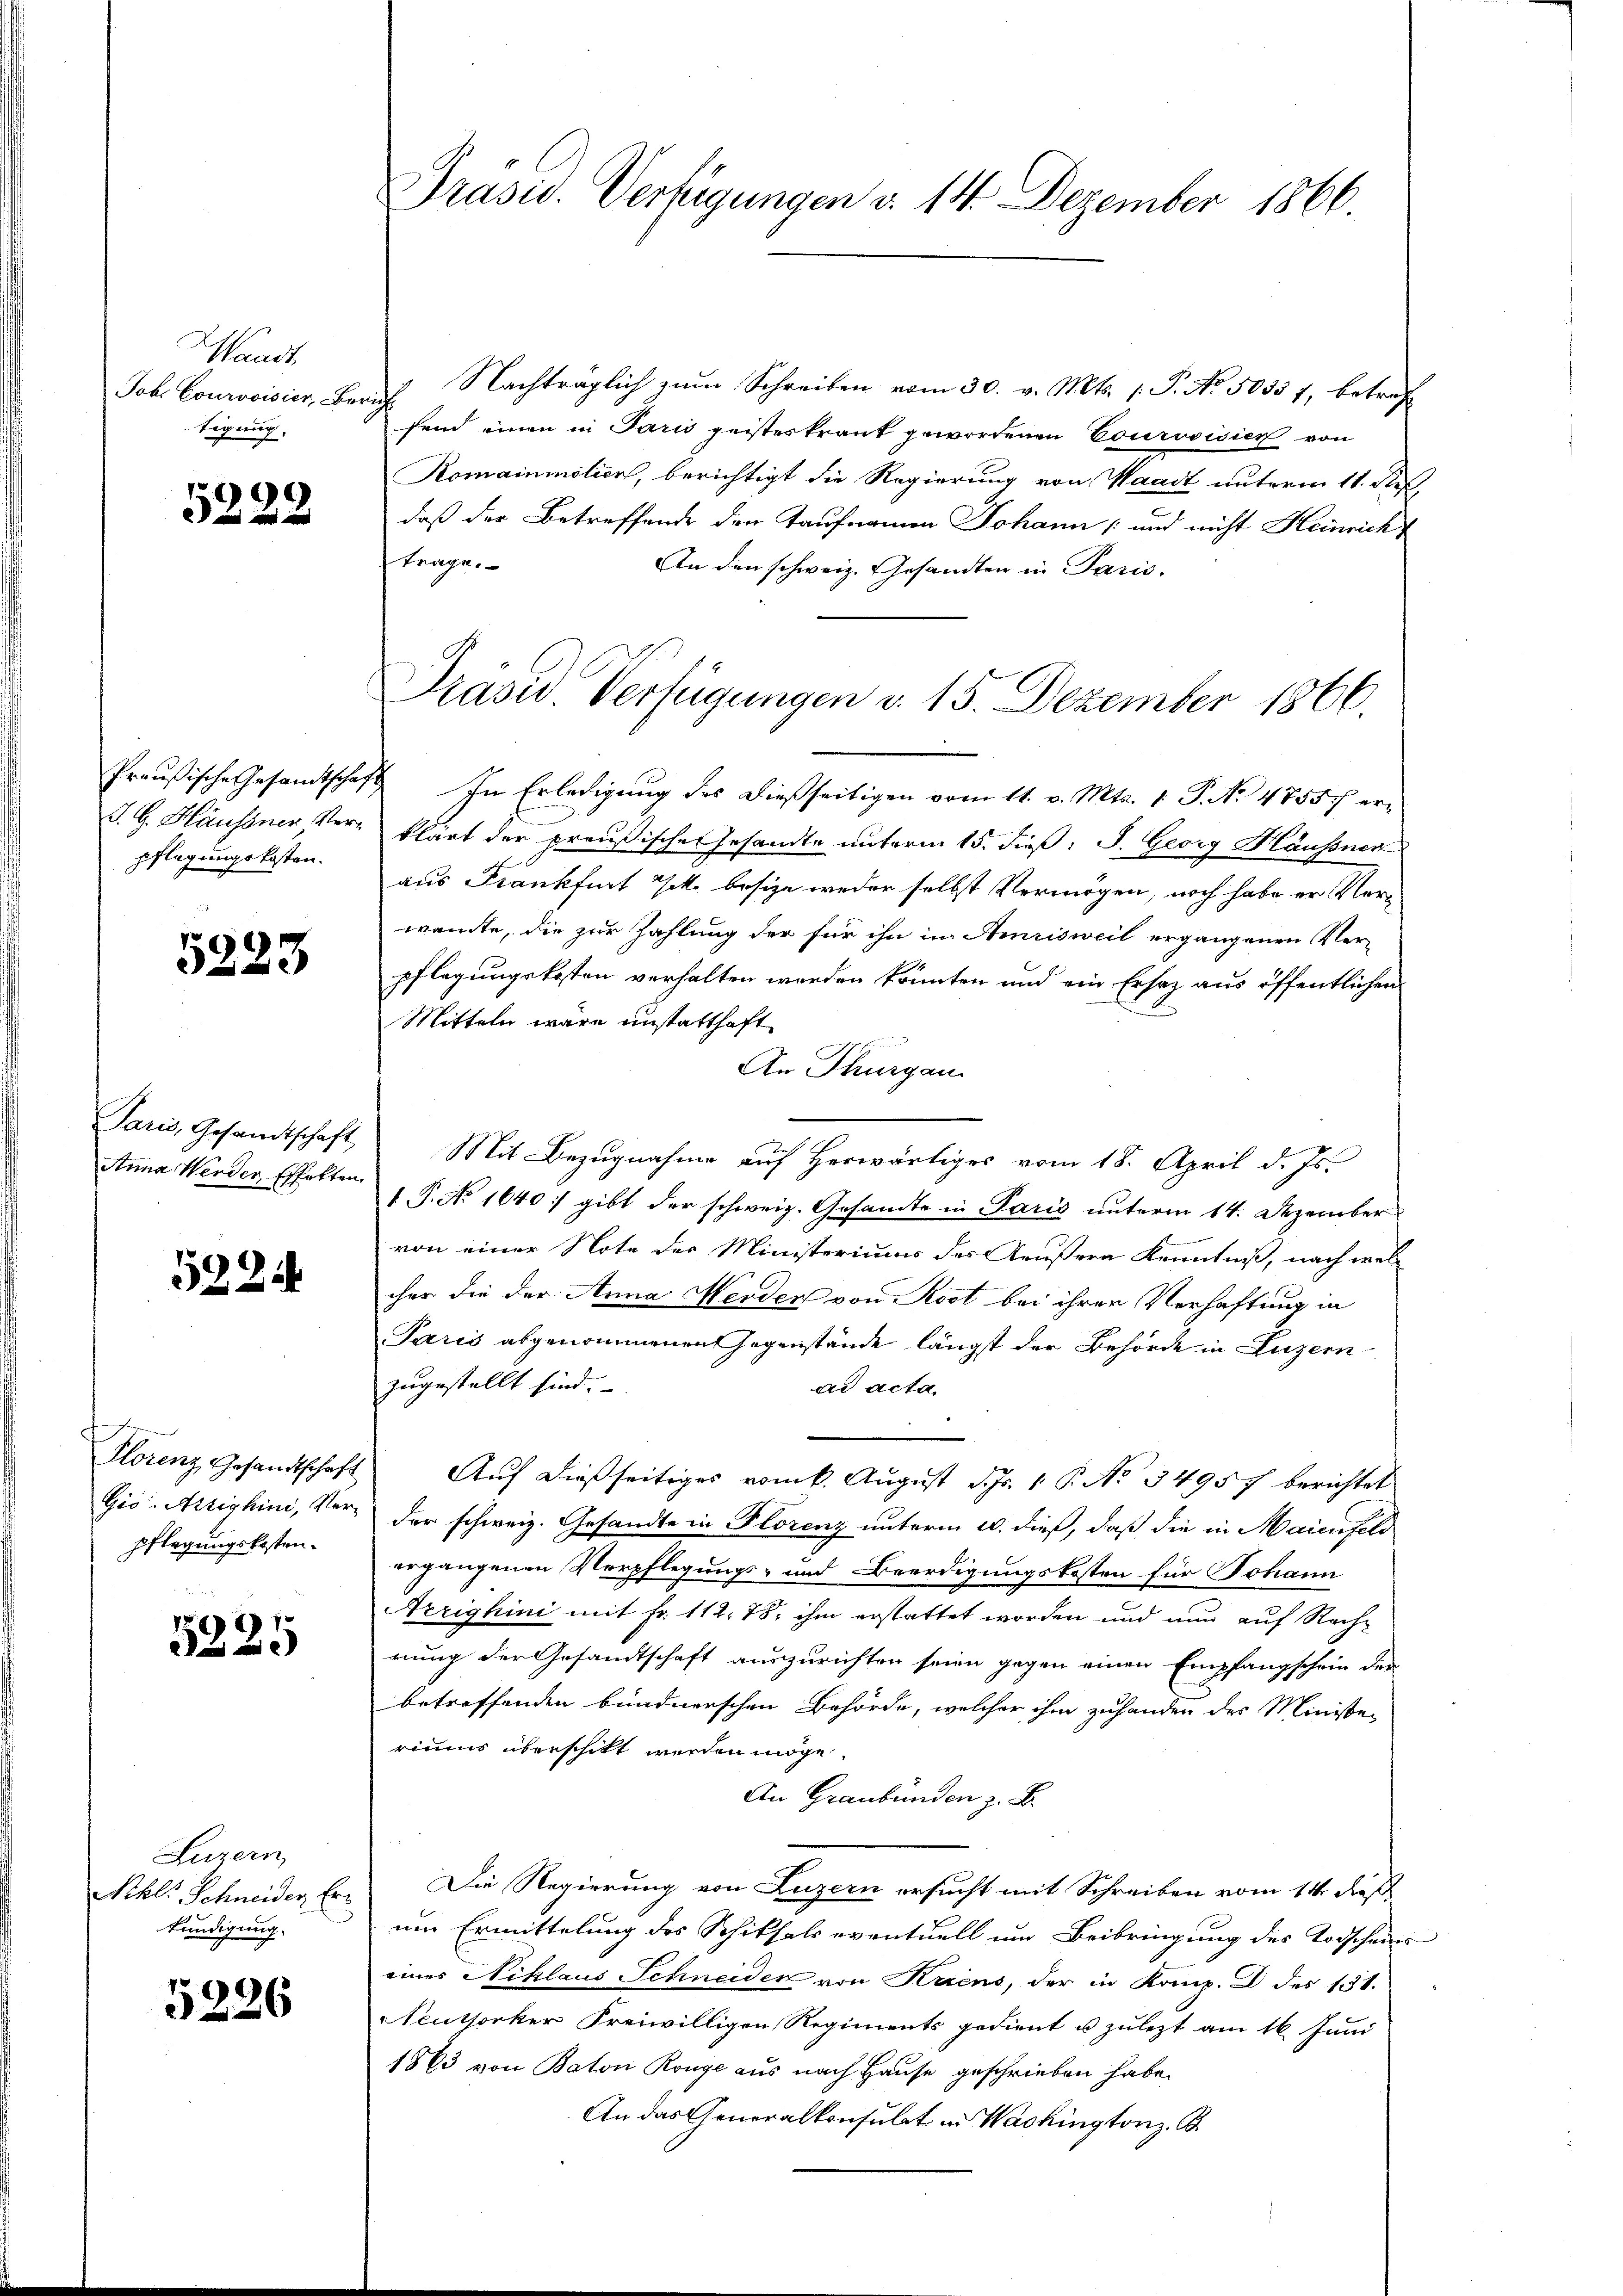
Waadt.
Job. Courvoisier, Beric
tigung.

5222

pflegungskosten.

5223

Anna Werden Effekten.

5224

1
pflegungskosten.

5225

Luzern,
Nehl. Schneider Er
kundigung.

5226

Präsid. Verfügungen d. 14. Dezember 1866.

Nachträglich zum Schreiben vom 30. v. Mts. 1. P. No. 5035 f, betrof
fend einen in Paris geisteskrank gewordenen Courvoisier von
Komainmotier, berichtigt die Regierung von Waadt unterm 11. Res.
daß der Betreffende den Taufnamen Johann (und nicht Heinricht
trage.
An den schweiz. Gesandten in Paris.
Preußische Gesamtschaft In Erledigung des dießseitigen vom 11. v. Mts. 1. P. No 47557 er¬
J. G. Häussner Ver- klärt der preußische Gesandte unterm 15. dieß: J. Georg Häusner
aus Frankfurt Jak. besize weder selbst Vermögen, noch habe er Vorwante, die zur Zahlung der für ihn in Amrisweil ergangenen Verpflegungskosten verhalten werden könnten und ein Ersatz aus öffentlichen
Mitteln wäre unstatthaft
An Thurgau
Paris, Gesandtschaft Mit Bezŭgnahme auf herwärtiges vom 18. April d. Js.
1. P. No 1640 :/ gibt der schweiz. Gesandte in Paris unterm 14. Dezember
von einer Note des Ministeriums des Krusera Kenntniß, nach wel
cher die der Anna Herden von Rest bei ihren Verhaftung in
Paris abgenommenen Gegenstände längst der Behörde in Luzern
zugestellt sind.
ad acta.
Florenz, Gesandtschaft Aŭf dießseitiges vom k. Aŭgŭst d. Js. 1. P. No. 34957 berichtet
Gio. Astighini, Ver- der schweiz. Gesandte in Florenz unterm 20. dieß, daß die in Maienfeld
gangenen Verpflegungs- und Beerdigungskosten für Johann
Arrighini mit Fr. 112. 78, ihm erstattet worden und nun auf Rechnung der Gesandtschaft auszurichten seien gegen einen Empfangschein der
betreffenden bundnerschen Behörde, welcher ihm zuhanden der Ministe
riums überschikt werden möge.
An Graubünden z. B.
Die Regierung von Luzern ersucht mit Schreiben vom 14. dieß
um Ermittelung des Schiksals eventuell um Beibringung des Todscheins
eines Niklaus Schneider von Kriens, der in Komp. D des 131.
Neuthorker Freiwilligen Regiments gedient u zulezt am 16. Juni
1863 von Baton Ronge aus nach Hause geschrieben habe.
An das Generalkonsulat in Washingtonz. B.

Präsid. Verfügungen v. 15. Dezember 1866.